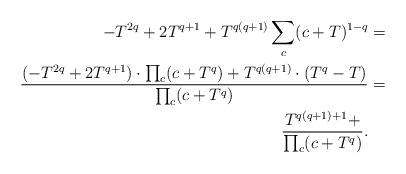
LaTeX: \begin{align*} -T^{2q} +2T^{q+1}+ T^{q(q+1)}\sum_{c} (c+T)^{1-q} & = \\ \frac{(-T^{2q}+2T^{q+1} )\cdot \prod_{c} (c+T^{q})+T^{q(q+1)}\cdot (T^{q}-T)}{\prod_{c} (c+T^{q})} & = \\ \frac{T^{q(q+1)+1}+ }{\prod_{c} (c+T^{q})}. \end{align*}